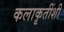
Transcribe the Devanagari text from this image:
कलाकृतींशी